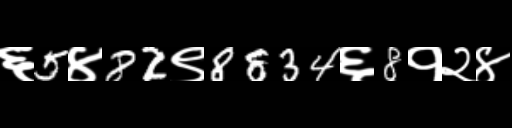
Text: ६5४82९8834६8१२४